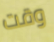
وقت